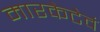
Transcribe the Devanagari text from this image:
मारकेटेवं